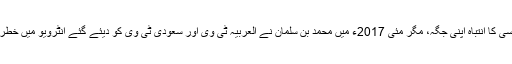
جرمن انٹیلی جنس ایجنسی کا انتباہ اپنی جگہ، مگر مئی 2017ء میں محمد بن سلمان نے العربیہ ٹی وی اور سعودی ٹی وی کو دیئے گئے انٹرویو میں خطرے کی گھنٹیاں بجائیں۔